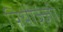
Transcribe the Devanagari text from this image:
पियाज़्ज़ी